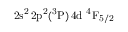
\mathrm { 2 s ^ { 2 } \, 2 p ^ { 2 } ( ^ { 3 } P ) \, 4 d ~ ^ { 4 } F _ { 5 / 2 } }